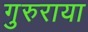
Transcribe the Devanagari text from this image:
गुरुराया